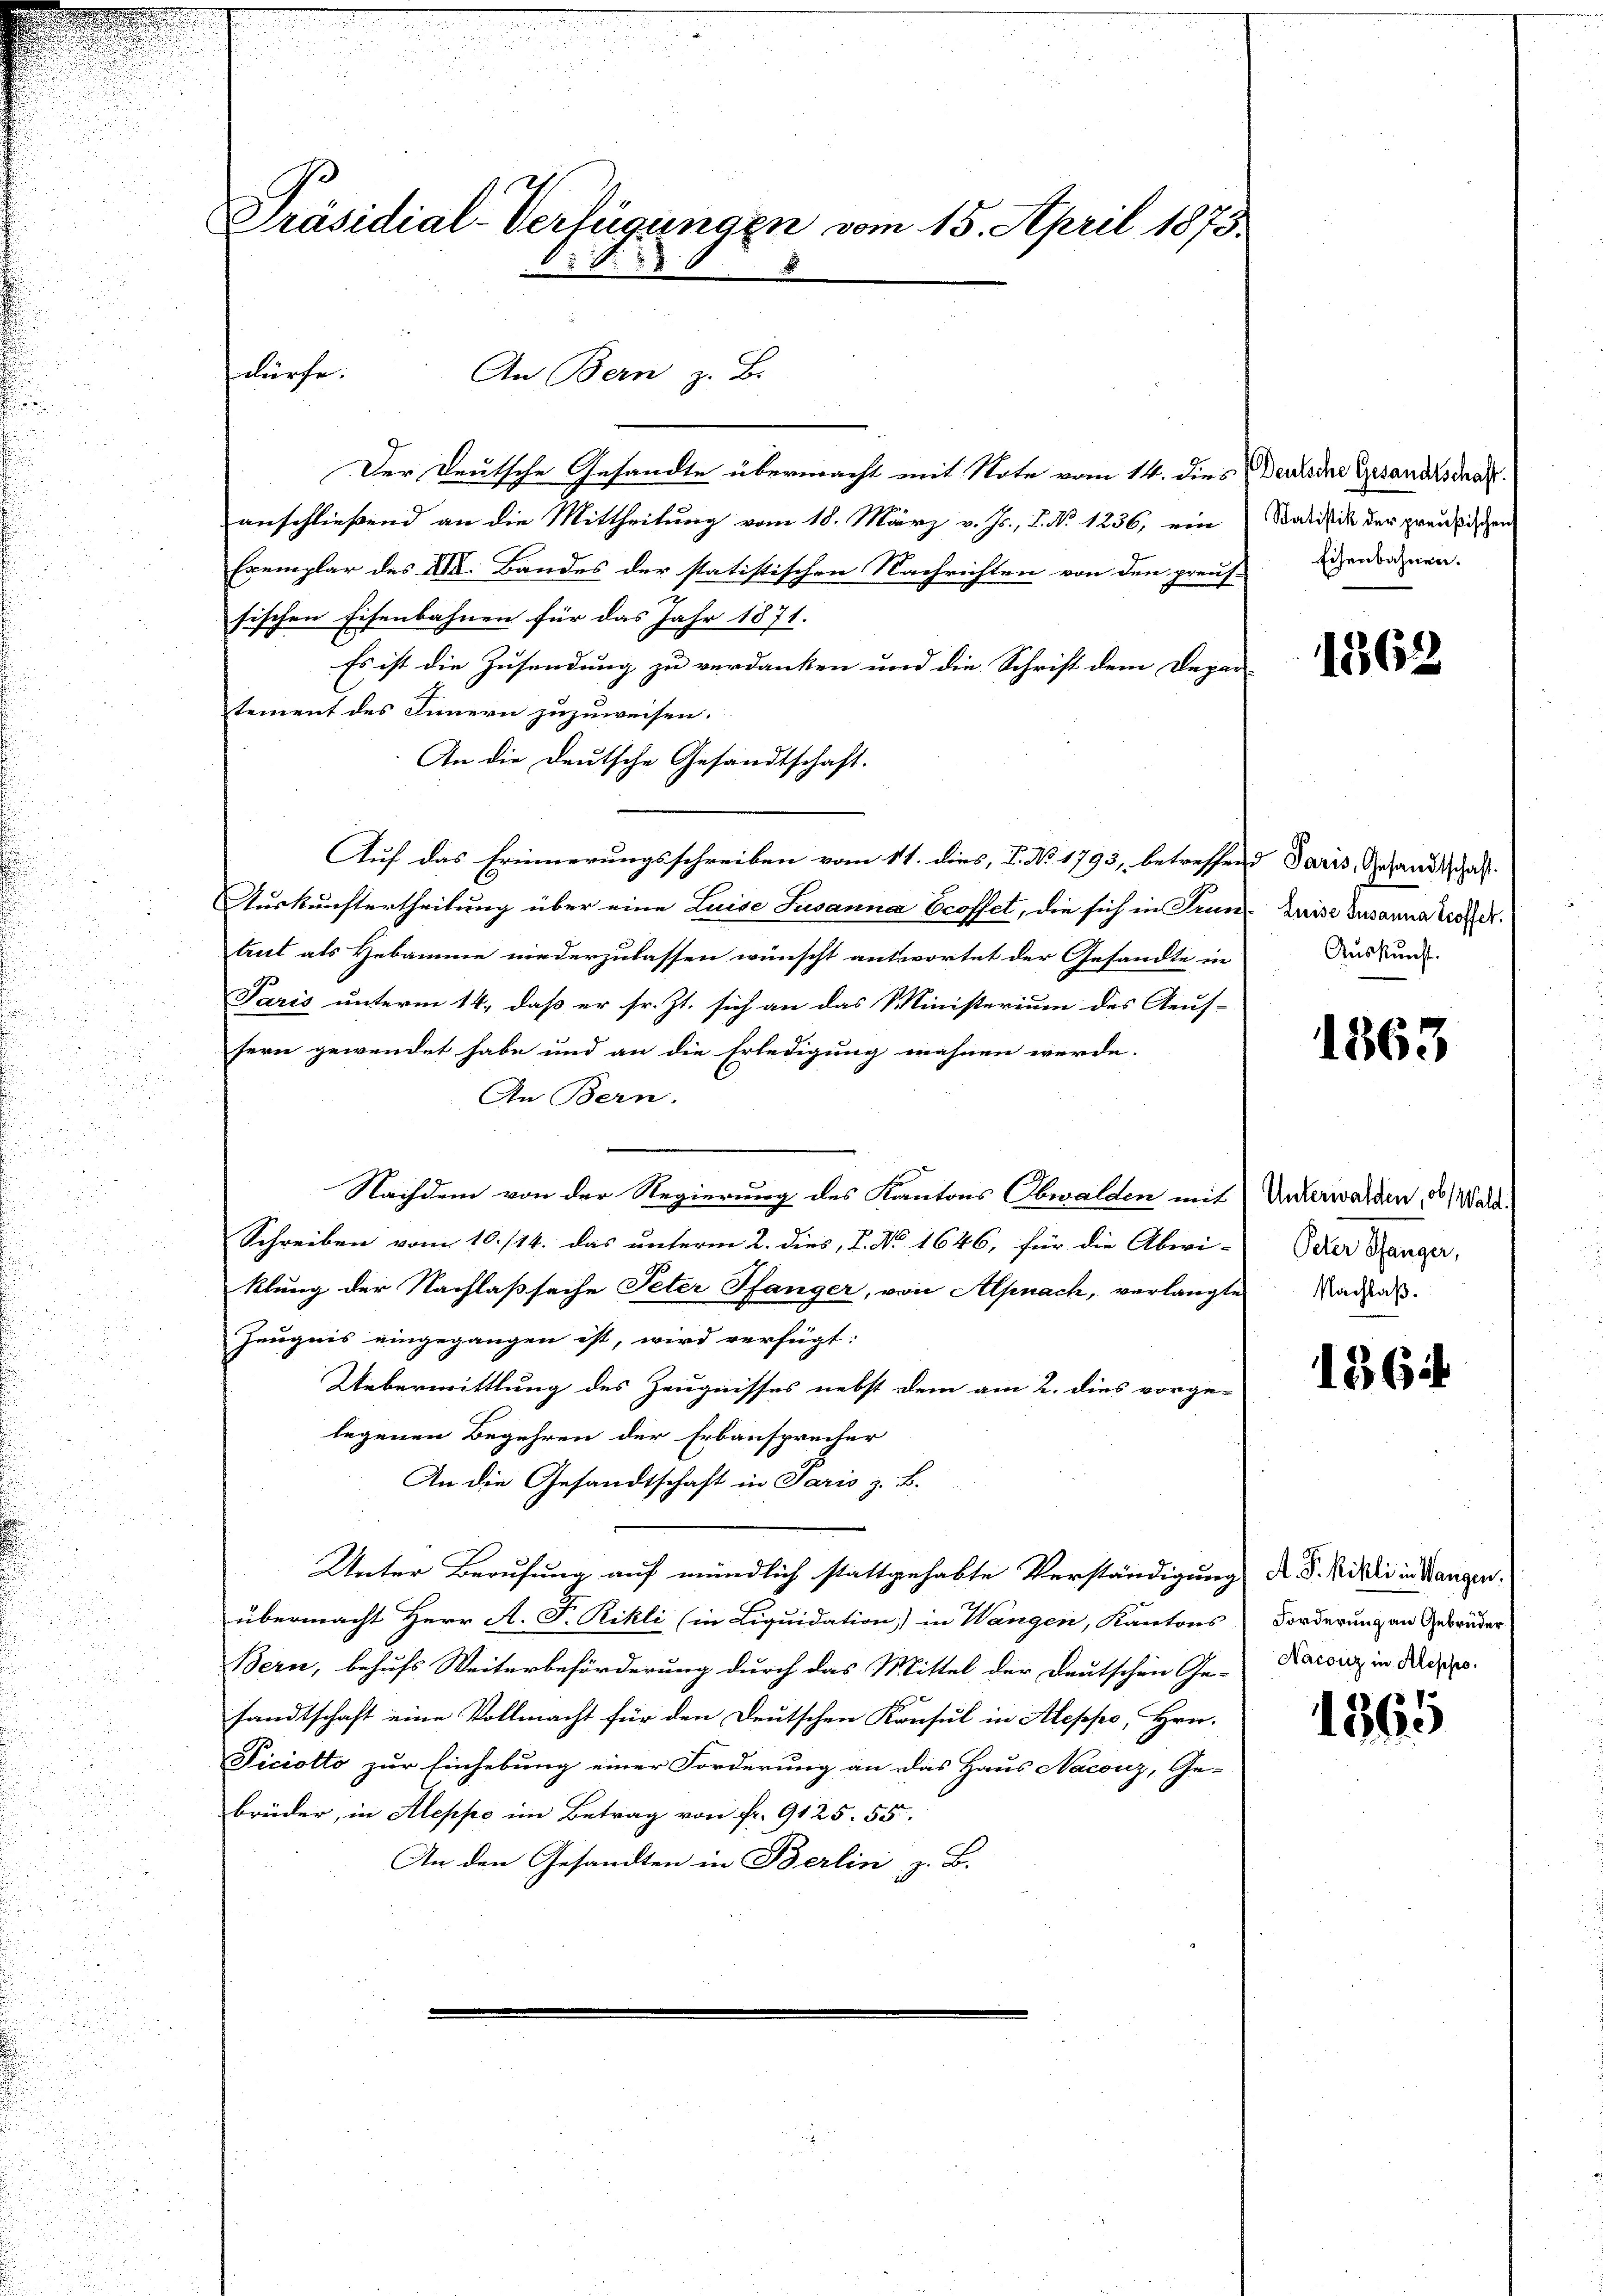
Präsidial-Verfügungen vom 15. April 1873.

dürfe.

An Bern z. B.

Der Deutsche Gesandte übermacht mit Note vom 14. dies Deine Gesandsdar
anschließend an die Mittheilung vom 18. März v. Js., S. No 1236, ein Salisie der preußischen
Exemplar des XII. Bandes der statistischen Nachrichten von den preuf-
sischen Eisenbahnen für das Jahr 1871.
Es ist die Zusendung zu verdanken und die Schrift dem Depar-
tement des Innern zuzuweisen.
An die Deutsche Gesandtschaft.
Auf das Erinnerungsschreiben vom 11. dies, P. No 1793, betreffend Paris, Gesandtschaft
Auskunftertheilung über eine Luise Susanna Ecoffet, die sich in Trun Luise Susanna troffer
trut als Hebamme niederzulassen wünscht antwortet der Gesandte in
Paris unterm 14., daß er sr. Zt. sich an das Ministerium des Aeuf-
fern gewendet habe und an die Erledigung mahnen werde.
An Bern.
Nachdem von der Regierung des Kantons Obwalden mit
Schreiben vom 10./14. das unterm 2. dies, 7. No 1646, für die Abwi-Peter Ranger,
klung der Nachlaßsache Peter Pfanger, von Alpnach, verlangte Nachah.
Zeugnis eingegangen ist, wird verfügt:
Uebermittlung des Zeugnisses nebst dem am 2. dies vorge-
legenen Begehren der Erbansprecher
An die Gesandtschaft in Paris z. B.
Unter Berufung auf mündlich stattgehabte Verständigung d. d. Milii in Wangen
übermacht Herr A. F. Rikli (in Liquidation) in Wangen, Kantons
Bern, behufs Weiterbeförderung durch das Mittel der Deutschen Ge- Karouz in Depes
sandtschaft eine Vollmacht für den Deutschen Konsul in Aleppe, Hrn.
Ficiotto zur Einhebung einer Forderung an das Haus Naconz, Ge-
brüder, in Aleppe im Betrag von fr. 9125. 55.
An den Gesandten in Berlin, z. B.

Eisenbahnen.

12862

Auskunft.

1863

Unterwalden, ob Wald.

1364

Forderung an Gebrüder

1365